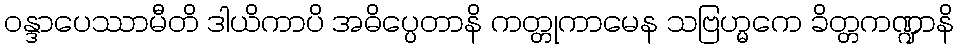
ဝန္ဒာပေဿာမီတိ ဒါယိကာပိ အဓိပ္ပေတာနိ ကတ္တုကာမေန သဗြဟ္မကေ ခိတ္တကဏ္ဍာနိ